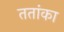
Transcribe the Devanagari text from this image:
ततांका